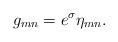
LaTeX: \begin{align*}g_{mn} = e^\sigma \eta_{mn}.\end{align*}